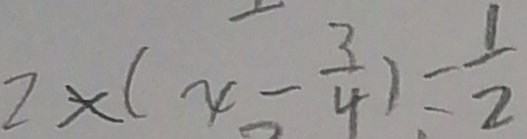
2 \times ( 4 - \frac { 3 } { 4 } ) = \frac { 1 } { 2 }